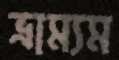
ভ্রাম্যম